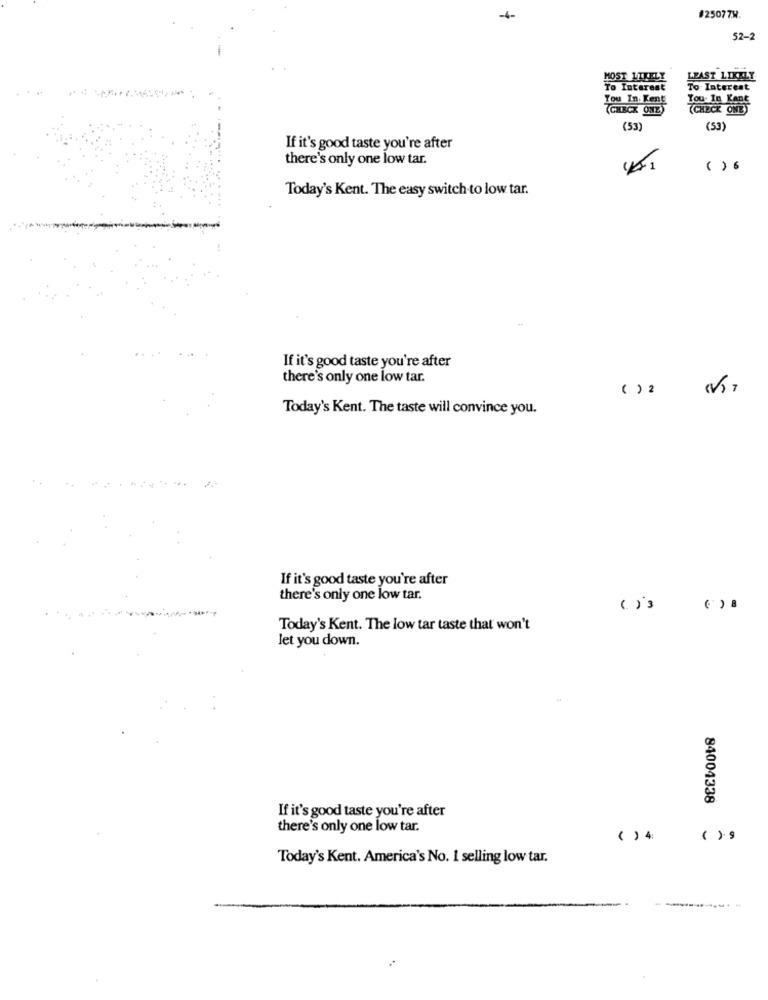
4-
#25077W.
52-
MOST LIKELY
LEAST LIKELY
...
To Interest
To Interest
You In. Kent
(CHECK ONZ)
(CHECK ONE)
(53)
(53)
If it's good taste you're after
there's only one low tar.
( ) 6
Today's Kent. The easy switch to low tar.
If it's good taste you're after
there's only one low tar.
( ) 2 7
Today's Kent. The taste will convince you.
If it's good taste you're after
there's only one low tar.
()3
Today's Kent. The low tar taste that won't
let you down.
84004338
If it's good taste you're after
there's only one low tar.
( ) 4
( ) 9
Today's Kent. America's No. 1 selling low tar.